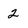
Character: 2